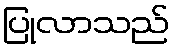
ပြုလာသည်